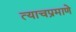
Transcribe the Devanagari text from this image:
त्‍याचप्रमाणे